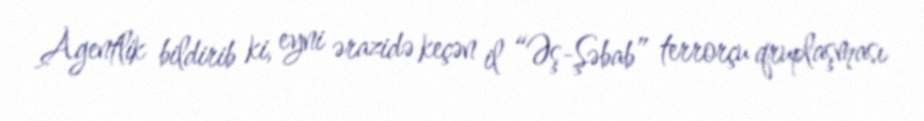
Agentlik bildirib ki, eyni ərazidə keçən il “Əş-Şəbab” terrorçu qruplaşması